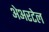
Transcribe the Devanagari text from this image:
अेअरटेल